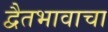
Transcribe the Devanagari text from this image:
द्वैतभावाचा